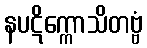
နပဋိက္ကောသိတဗ္ဗံ